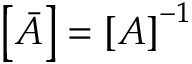
\boldsymbol { \left[ \bar { A } \right] = \left[ A \right] ^ { - 1 } }